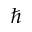
\hbar